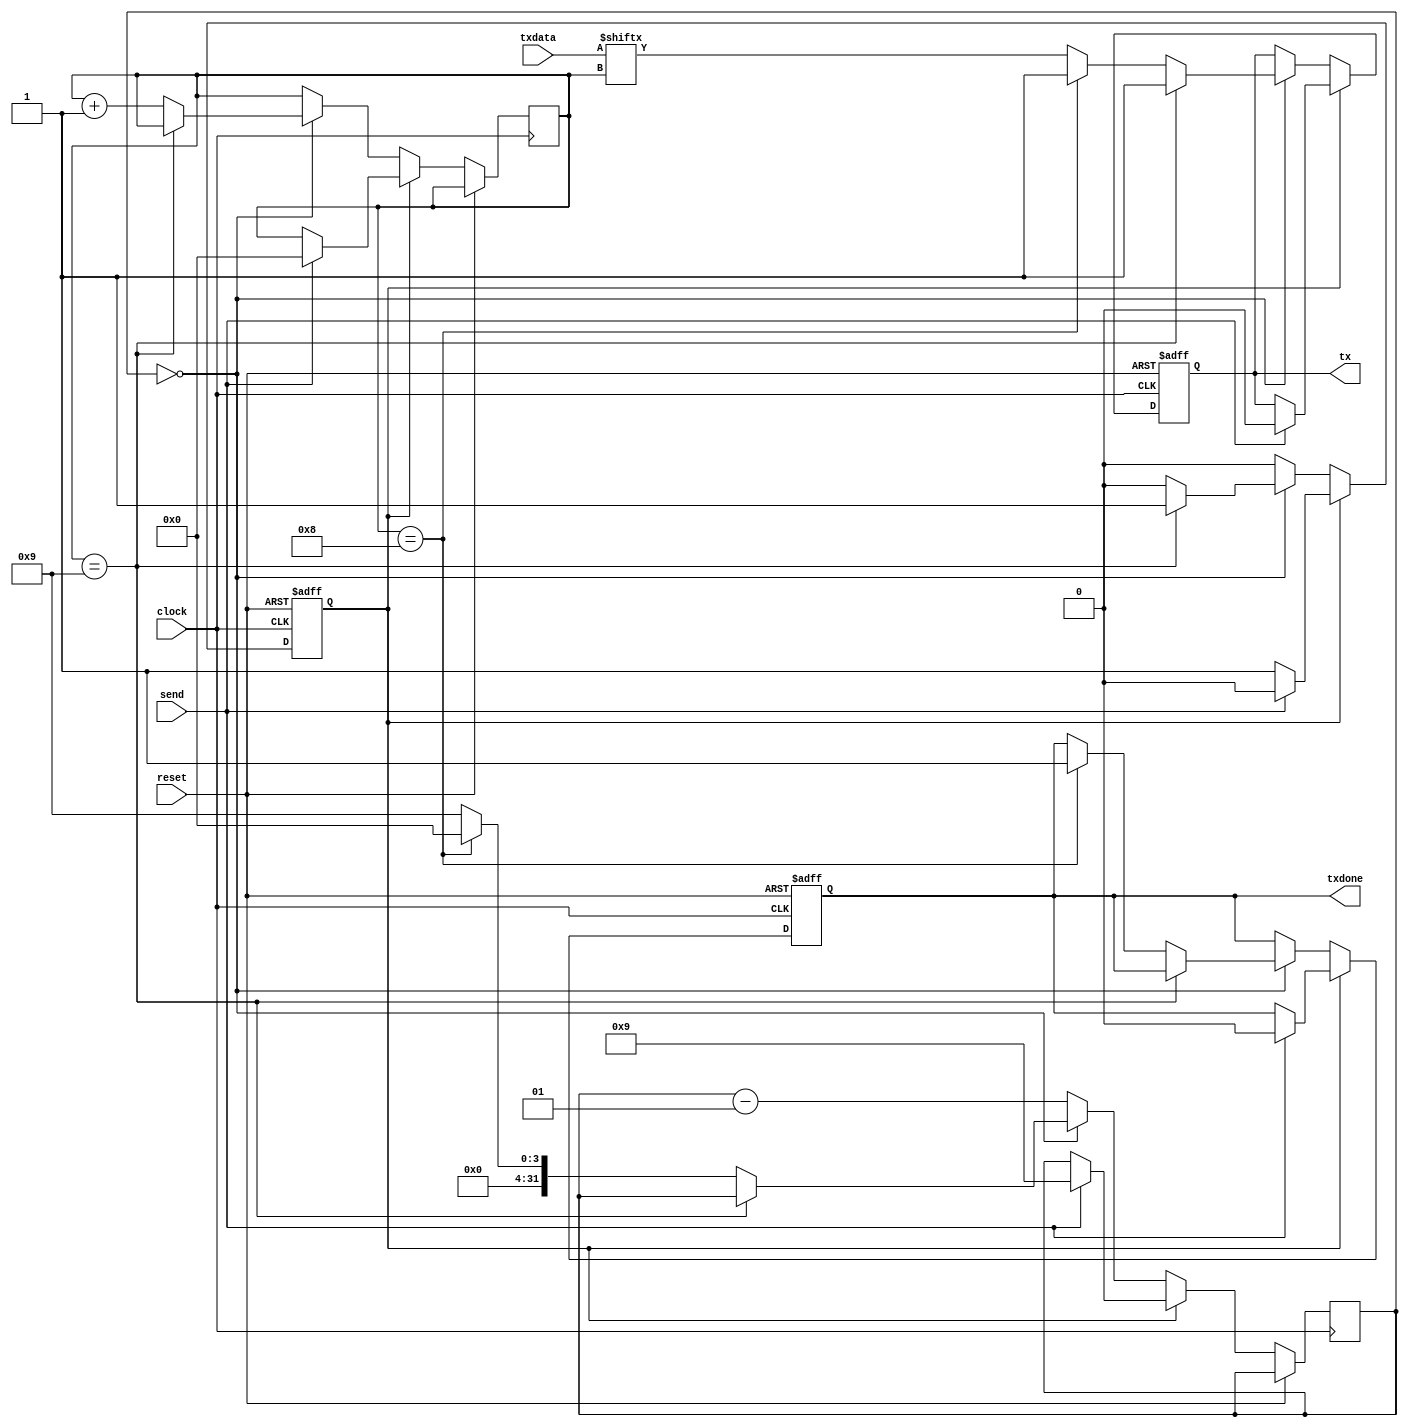
module Transmit #(parameter clockperbit = 10)
(txdata, txdone, send, tx, reset, clock);

	parameter clockperbitminus = clockperbit - 1;
	input reset, clock;
	input [7:0] txdata;
	input send;
	output reg tx;
	output reg txdone;
	
	reg idle;
	
	reg [3:0] current_bit;
	integer remaining_clocks;
	
	initial
	begin
		idle <= 1'b1;
		tx <= 1'b1;
		txdone <= 1'b1;
	end
	
	always @(posedge reset or posedge clock)
	begin
		if (reset)
		begin
			idle <= 1'b1;
			tx <= 1'b1;
			txdone <= 1'b1;
		end
		else
			if (~idle) 
				if (remaining_clocks == 0)
				begin
					if (current_bit == 9)
					begin
						idle <= 1'b1;
						tx <= 1'b1;
					end
					else
					begin
						if (current_bit == 8) 
						begin
							txdone <= 1'b1;
							tx <= 1'b1;
							remaining_clocks <= 0;
						end
						else
						begin
							tx <= txdata[current_bit];
							remaining_clocks <= clockperbitminus;
						end
						current_bit <= current_bit + 1;
					end
				end
				else 
					remaining_clocks <= remaining_clocks - 1;
	
			else 
				if (send) 
				begin
					txdone <= 1'b0;
					idle <= 1'b0;
					current_bit <= 4'b0000;
					remaining_clocks <= clockperbitminus;
					tx <= 1'b0;
				end
	end
	
	
endmodule